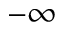
- \infty